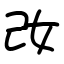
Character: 妀